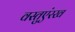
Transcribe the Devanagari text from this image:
वस्तुएंरख